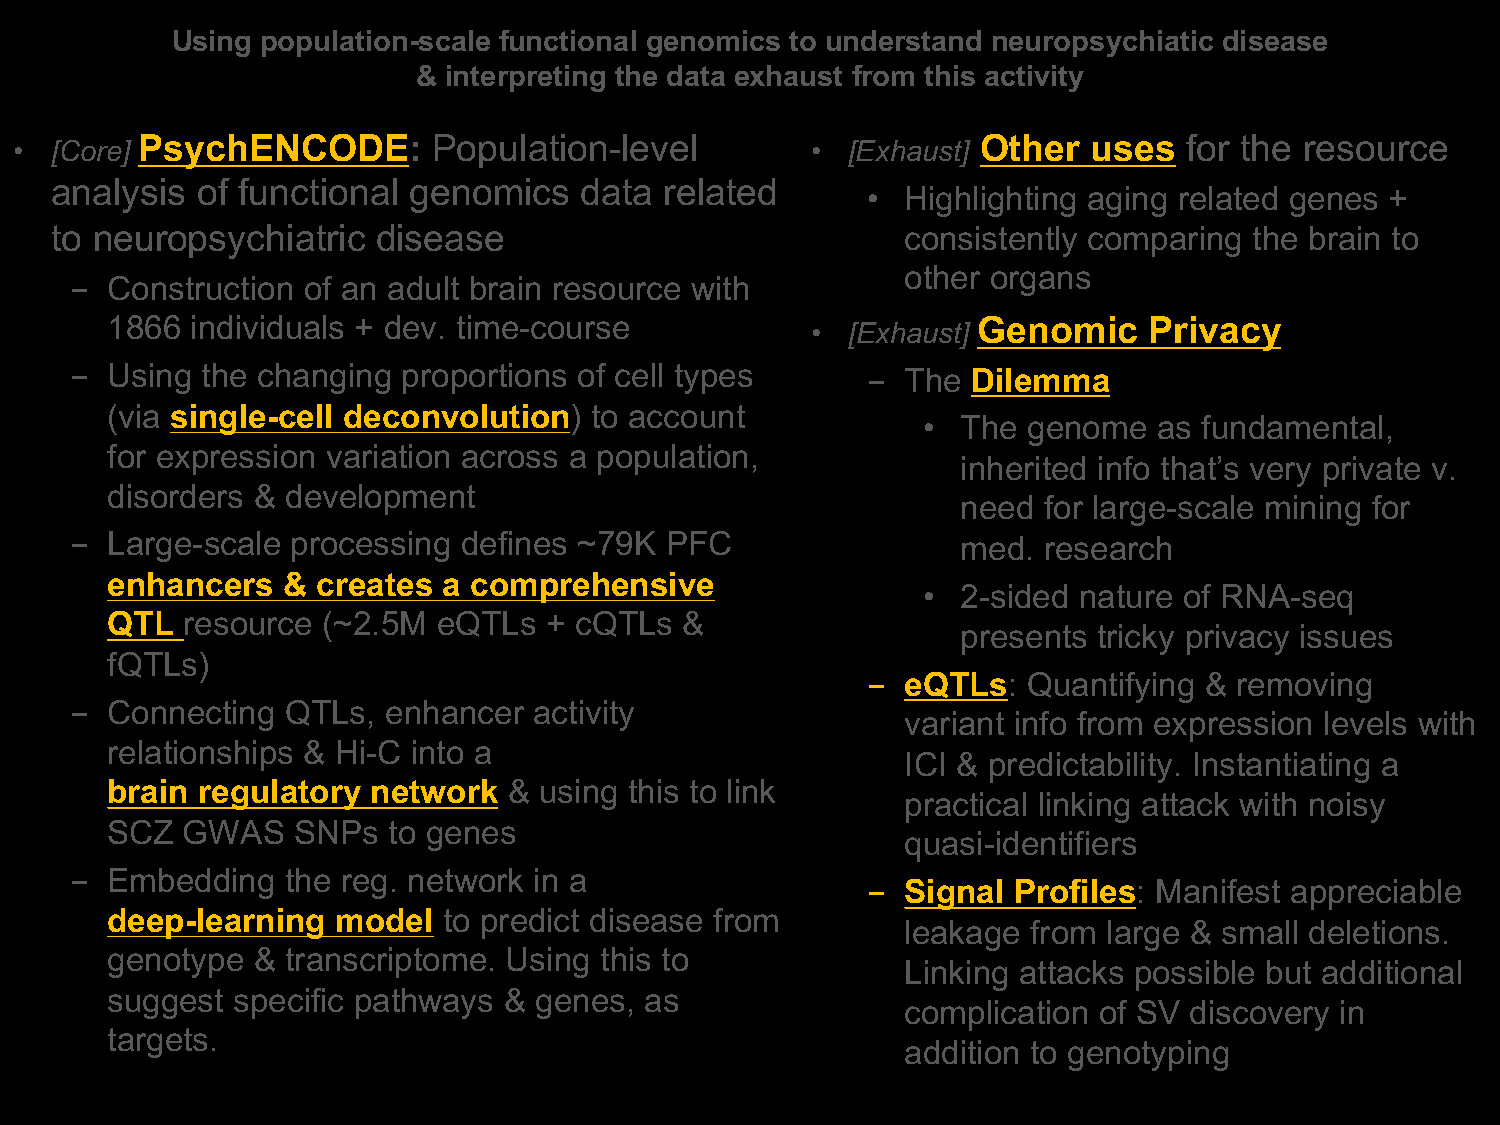
Using population-scale functional genomics to understand neuropsychiatic disease
 & interpreting the data exhaust from this activity
 PsychENCODE:        Population-level                    Other  uses   for the resource
 • [Core]                                             • [Exhaust]
 analysis  of functional genomics   data  related
 •  Highlighting aging related genes +
 to neuropsychiatric   disease                            consistently comparing the brain to
 other organs
 - Construction of an adult brain resource with
 1866  individuals + dev. time-course                      Genomic    Privacy
 • [Exhaust]
 - Using the changing  proportions of cell types     -  The Dilemma
 (via single-cell deconvolution) to account
 •  The genome   as fundamental,
 for expression variation across a population,
 inherited info that’s very private v.
 disorders & development
 need for large-scale mining for
 - Large-scale processing  defines ~79K PFC                 med. research
 enhancers   & creates a comprehensive
 •  2-sided nature of RNA-seq
 QTL  resource (~2.5M  eQTLs  + cQTLs  &
 presents tricky privacy issues
 fQTLs)
 -  eQTLs:  Quantifying & removing
 - Connecting  QTLs, enhancer  activity
 variant info from expression levels with
 relationships & Hi-C into a
 ICI & predictability. Instantiating a
 brain regulatory  network  & using this to link
 practical linking attack with noisy
 SCZ  GWAS   SNPs   to genes
 quasi-identifiers
 - Embedding   the reg. network in a
 -  Signal Profiles: Manifest appreciable
 deep-learning  model  to predict disease from
 leakage from large & small deletions.
 genotype  & transcriptome. Using this to
 Linking attacks possible but additional
 suggest specific pathways & genes,  as
 complication of SV discovery in
 targets.
 addition to genotyping